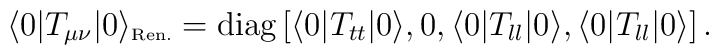
\langle 0| T_{\mu\nu} |0 \rangle_{\mbox{\tiny Ren.}} = \mbox{diag} \left[\langle 0|T_{tt}|0\rangle , 0, \langle0|T_{ll}|0\rangle,\langle0|T_{ll}|0\rangle\right].